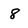
Character: 8